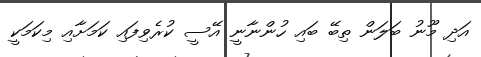
އަދި މޫނު ބަލަން ތިބޭ ބައި ހުންނާނީ އޭސީ ކުރެވިފައި ކަމަށާއި މިކަމަކީ